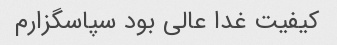
کیفیت غدا عالی بود سپاسگزارم